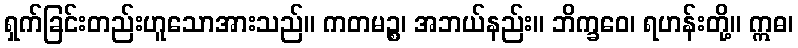
ရှက်ခြင်းတည်းဟူသောအားသည်။ ကတမဉ္စ၊ အဘယ်နည်း။ ဘိက္ခဝေ၊ ရဟန်းတို့။ ဣဓ၊